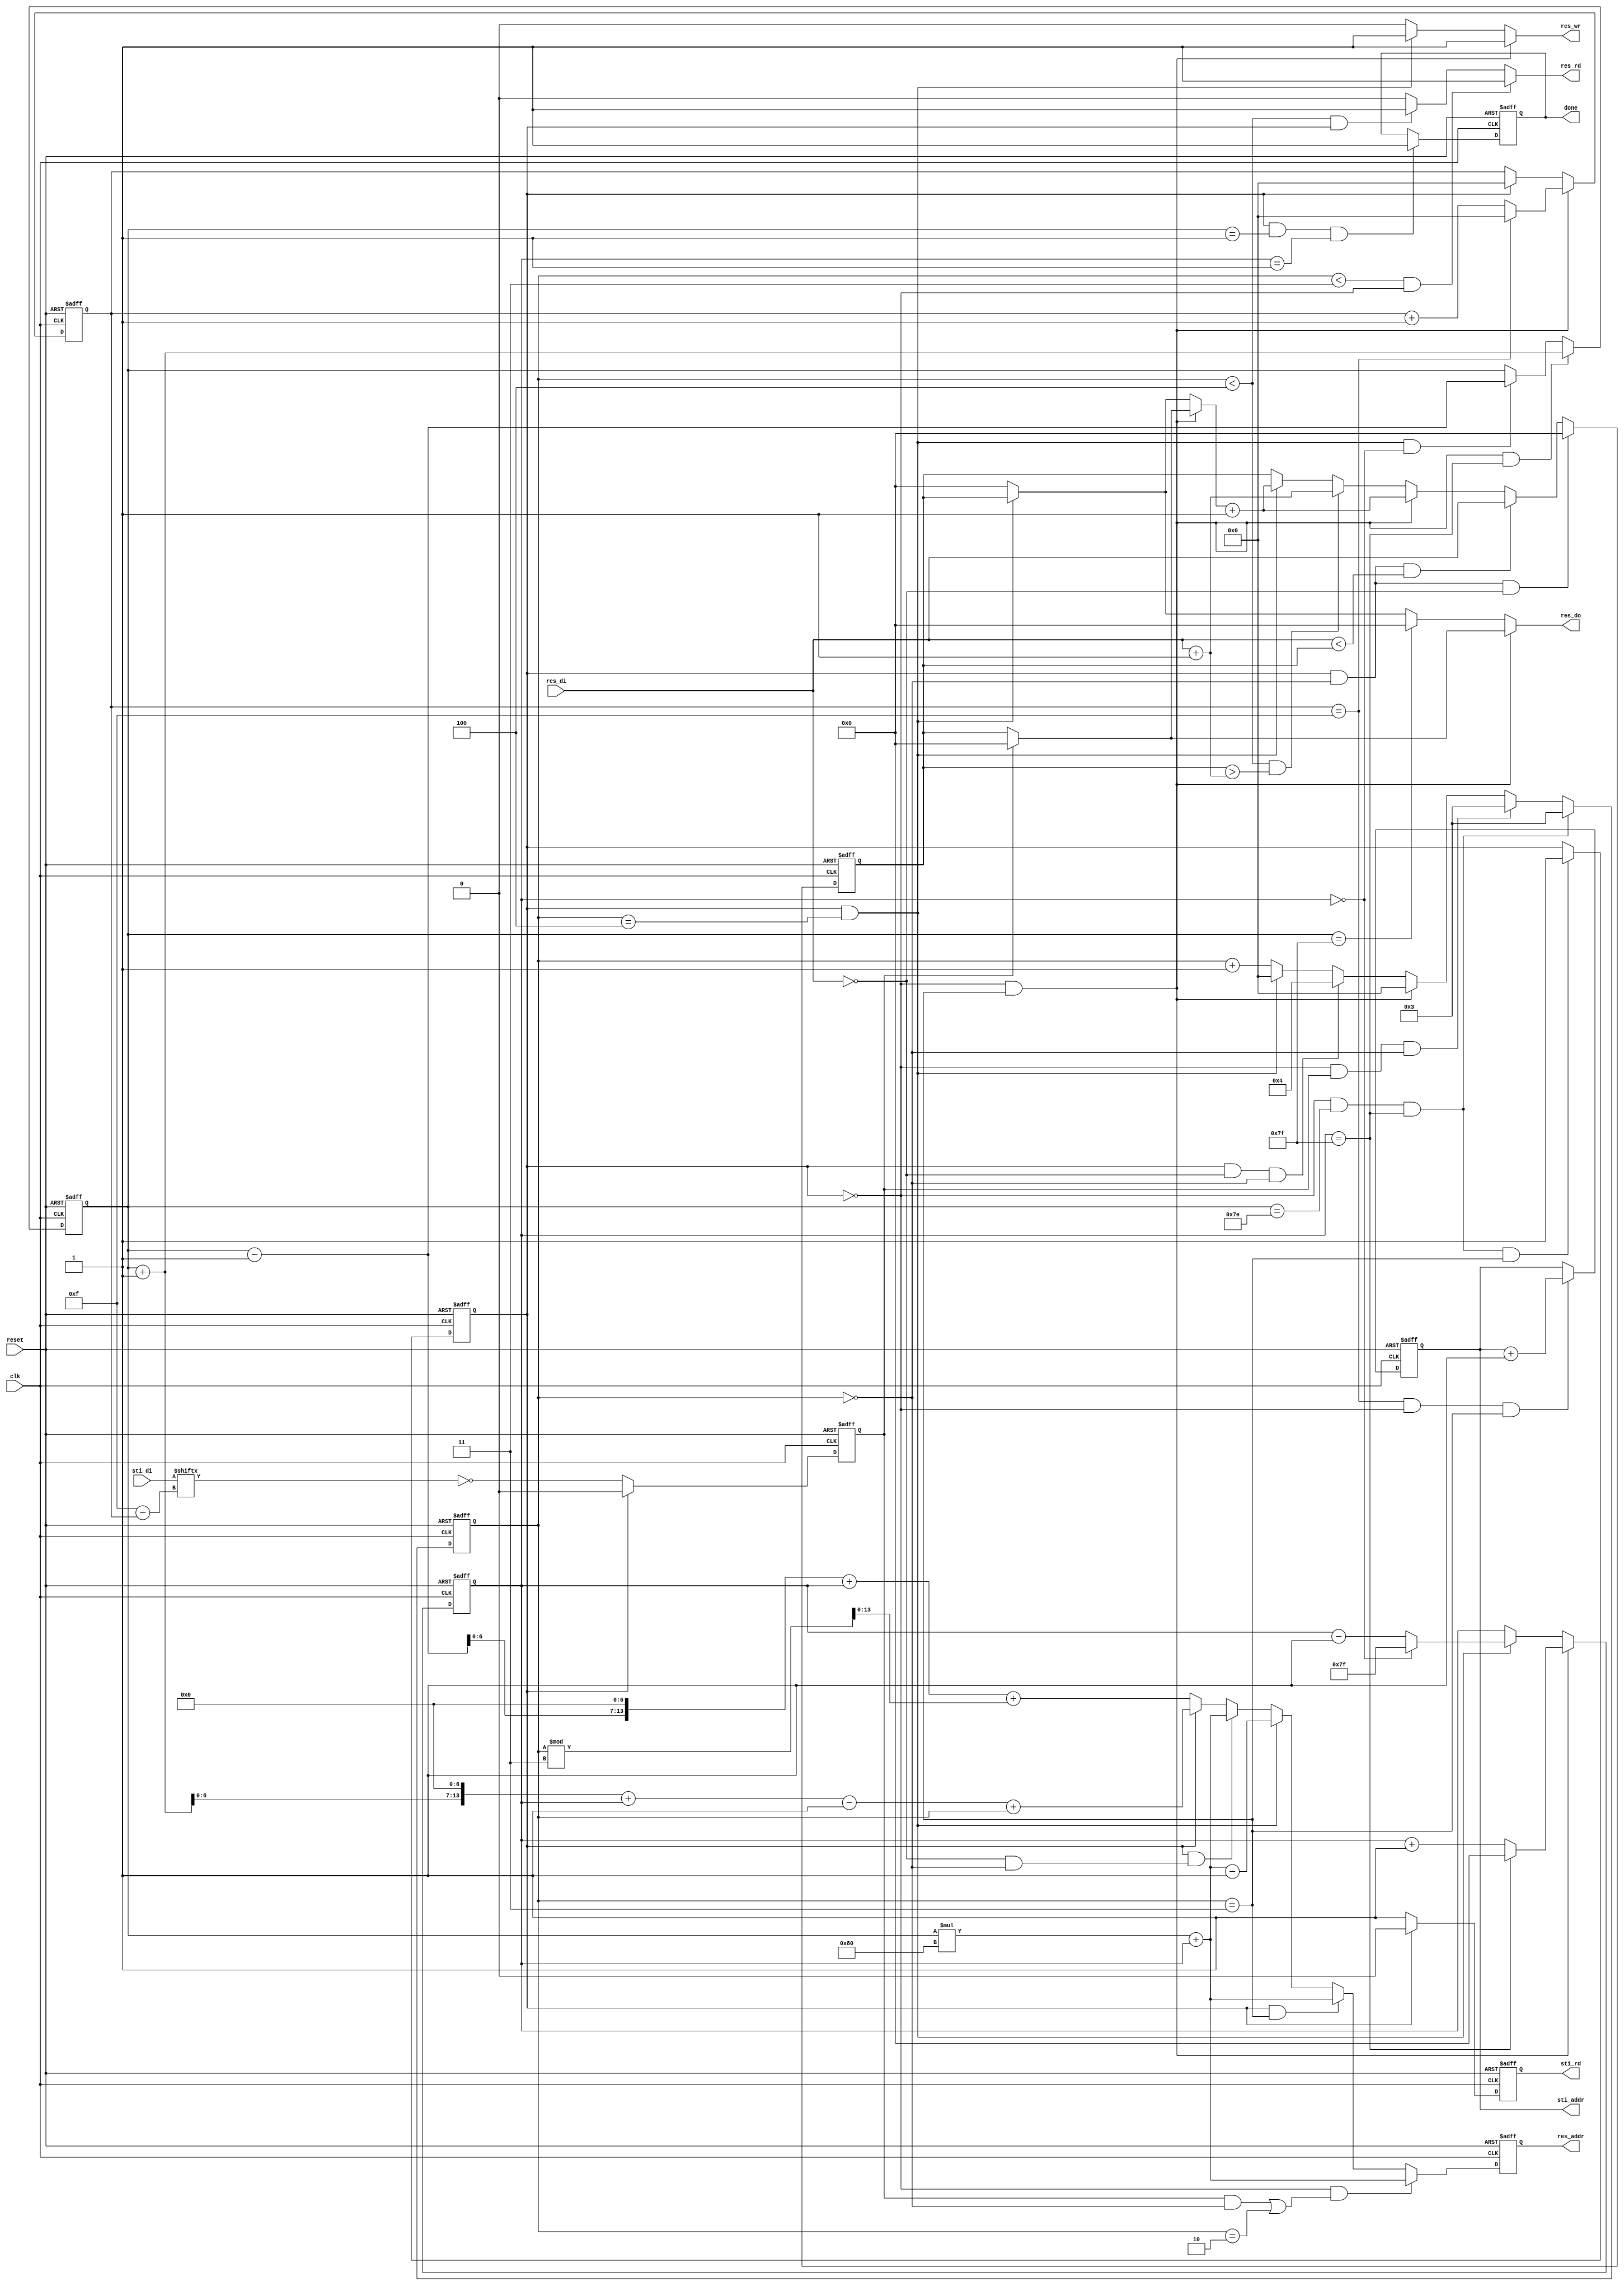
module DT(
	input 			clk, 
	input			reset,
	output	reg		done ,
	output	reg		sti_rd ,
	output	reg 	[9:0]	sti_addr ,
	input			[15:0]	sti_di,
	output	reg		res_wr ,
	output	reg		res_rd ,
	output	reg 	[13:0]	res_addr ,
	output	reg 	[7:0]	res_do,
	input			[7:0]	res_di
	);

reg [7:0] row_counter;//count row addr
reg [7:0] col_counter; // count column addr

wire [15:0] addr_counter;
assign addr_counter= row_counter*128 +col_counter;

reg [3:0] save_cnr;
reg [3:0] bit_cnr;

reg [7:0] front;
reg [7:0] result;

reg back_flag;

wire [3:0]bit;
assign bit = bit_cnr;

// wire bit_check;
// assign bit_check =  (!sti_di[4'd15-bit]);

reg bit_check;
always @(posedge clk or negedge reset) begin
	if(!reset)
		bit_check <= 1'b0;
	else if(!back_flag)
		bit_check<= !sti_di[4'd15-bit];
	else 
		bit_check <= 1'b0;
	
end

always @(posedge clk or negedge reset) begin
	if(!reset)
		back_flag <= 1'b0;
	else if ( !back_flag && row_counter == 8'd126 && col_counter == 8'd127 && (save_cnr == 4'd3))
		back_flag <= 1'b1;
	else 
		back_flag<= back_flag;
	
end

//count column from 0~7
always @(posedge clk or negedge reset) begin
	if(!reset)
		col_counter <= 8'b0;
	else if((!back_flag) && (save_cnr == 4'd3))
		col_counter <= col_counter == 8'd127 ? 8'd0 : col_counter +1;
	else if((save_cnr == 4'd4) && back_flag)
		col_counter <= col_counter == 8'd0 ? 8'd127 : col_counter -1;
	else 
		col_counter <= col_counter;
	
end


always @(posedge clk or negedge reset) begin
	if(!reset)
		row_counter <= 8'b1;
	else if ((!back_flag) && (save_cnr == 4'd3)  && (col_counter == 8'd127))
		row_counter <=   row_counter + 1 ;
	else if(back_flag && (save_cnr == 4'd4) &&  (col_counter == 8'd0))
		row_counter <=   row_counter -1 ;
	else 
		row_counter <= row_counter; 
	
end

//count 16 bits
always @(posedge clk or negedge reset) begin
	if(!reset)
		bit_cnr <= 4'b0;
	
	else if(save_cnr == 4'd3 && (!back_flag))
		bit_cnr <= bit_cnr == 4'd15 ? 4'b0 : bit_cnr +1;	
	else if ((!back_flag))
		bit_cnr <= bit_cnr;
	else 
		bit_cnr <= 4'b0;
end

reg if_save_0;
always@(*)begin
	if_save_0 = save_cnr == 4'b0;
end

reg if_save_3;
always@(*)begin
	if_save_3 = save_cnr == 4'd3;
end

reg if_save_4;
always@(*)begin
	if_save_4 = save_cnr == 4'd4;
end
reg back_start;
always@(*)begin
	back_start = row_counter == 8'd126 && col_counter == 8'd127;
end





 //save_cnr: get three reg data
always @(posedge clk or negedge reset) begin
	if(!reset)
		save_cnr <= 4'b0;
	else if ((!back_flag) && row_counter == 8'd126 && col_counter == 8'd127)
		save_cnr <= 4'd3;
	else if ((!back_flag) && bit_check && if_save_0)
		save_cnr <=  4'd3;
	
	else if((!back_flag) && if_save_3)
		save_cnr <=  4'b0 ;
	else if (back_flag && (res_di == 8'b0) && if_save_0)
		save_cnr <=  4'd4 ;
	else if(back_flag && if_save_4)
		save_cnr <=  4'b0 ;
	else
		save_cnr <= save_cnr +1;		
end


//sti_rd
always @(posedge clk or negedge reset)begin
	if(!reset)
		sti_rd <= 1'b0;
	else if(!back_flag)
		sti_rd <= 1'b1;
	else 
		sti_rd <= 1'b0;

end

//define sti_addr
always @(posedge clk or negedge  reset)begin
	if (!reset)
		sti_addr <= 10'd8;
	else if(bit_cnr == 4'd15 && (!back_flag) &&(save_cnr == 4'd3))
		sti_addr <=  sti_addr +1;
	else 
		sti_addr <= sti_addr;
end



//res_wr
always@(*)begin
    if(if_save_3 &&(!back_flag))
		res_wr = 1'b1;
	else if(if_save_4 &&(back_flag))
		res_wr = 1'b1;
	else 
		res_wr = 1'b0;
end



// //res_rd
always@(*)begin
    if((save_cnr < 4'd3) &&(!back_flag))
		res_rd = 1'b1;
	else if((save_cnr < 4'd4) &&(back_flag))
		res_rd = 1'b1;
	else 
		res_rd = 1'b0;
end




//res_addr
always@(posedge clk or negedge reset)begin
	if(!reset)
		res_addr <= 14'b0;
    else if ((!back_flag) &&( (bit_check && if_save_0) || save_cnr == 4'd2  ) )//write the result 
		res_addr <= addr_counter;//(row_counter << 7) + col_counter;
	else if (back_flag &&( if_save_3 ))//write the result 
		res_addr <= addr_counter ;//row_counter << 7 + col_counter;
	else if (back_flag &&( if_save_4 ))//write the result 
		res_addr <= addr_counter -1;//row_counter << 7 + col_counter;
	else if (back_flag &&(((res_di == 8'b0) && if_save_0) ))//write the result 
		res_addr <= addr_counter;//row_counter << 7 + col_counter;

	else if(!back_flag)// read three data		
		res_addr <= ((row_counter-1) << 7) + col_counter  + (save_cnr %3);
	else if(back_flag)// read three data		
		res_addr <= ((row_counter+1) << 7) + col_counter -1 +save_cnr;
	else 
		res_addr <= 14'b0;
	
end



//res_do
always@(*)begin
    if(!back_flag && save_cnr == 4'd3)
		res_do = bit_check ? 8'b0 :  result;
	else if (row_counter == 8'd127 )
		res_do = 8'b0;
	else if(back_flag && save_cnr == 4'd4)
		res_do = result;
	else 
		res_do = 8'b0;
end



reg [7:0] res_di_plus;

always@(*)begin
	res_di_plus = res_di + 8'b1; 
end

always@(posedge clk or negedge reset)begin
	if(!reset)
		result <= 8'b0;
	else if(back_flag && save_cnr == 4'd0 && (res_di == 8'b0))
		result <=  8'b0  ;
	else if(back_flag && save_cnr == 4'd0 && (res_di < result ))
		result <=    res_di ;
	else if((!back_flag) && save_cnr == 4'd3)
		result <=  front +1;
	else if ((save_cnr < 4'd4) && ( result > res_di_plus )  )
		result <= res_di_plus ;	
	else if((save_cnr == 4'd4) && back_flag)
		result <= front +1;//( result < front +1 ) ? result : front +1 ;
	else 
		result <= result;

end



always@(*)begin
	if( !back_flag && save_cnr == 4'd3)
		front = bit_check ? 8'b0 :  result;//result;
	else if( back_flag && save_cnr == 4'd4)
		front = result;
	else 
		front= 8'b0;
	
end

//done
always@(posedge clk or negedge reset)begin
	if(!reset)
		done <= 1'b0;
	else if (back_flag &&(row_counter == 8'd1) &&(col_counter == 8'd1))
		done<= 1'b1;
end



endmodule